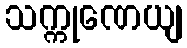
သက္ကုဏေယျ